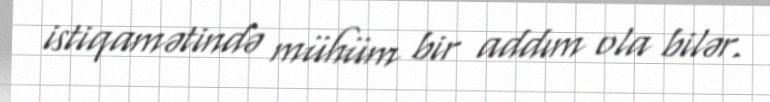
istiqamətində mühüm bir addım ola bilər.